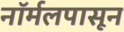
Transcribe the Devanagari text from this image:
नॉर्मलपासून